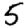
Digit: 5